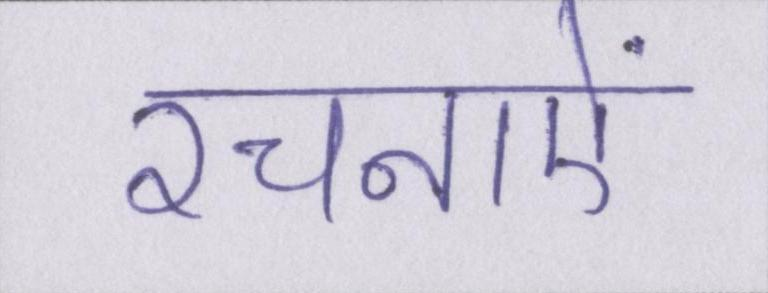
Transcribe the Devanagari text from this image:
रचनाऐं